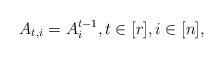
LaTeX: \begin{align*}A_{t,i}=A_i^{t-1}, t\in[r],i\in[n],\end{align*}